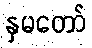
နှမတော်